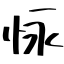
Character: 怺